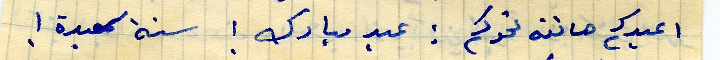
اعيدكم هاتنه تحدكم : عيد مبارك ! سنة سعيدة !